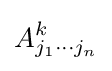
A_{j_{1}\cdots j_{n}}^{k}